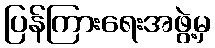
ပြန်ကြားရေးအဖွဲ့မှ